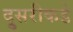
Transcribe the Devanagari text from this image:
दु्सरीकडे